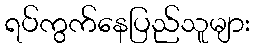
ရပ်ကွက်နေပြည်သူများ